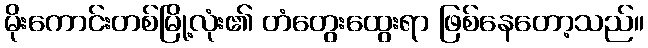
မိုးကောင်းတစ်မြို့လုံး၏ တံတွေးထွေးရာ ဖြစ်နေတော့သည်။